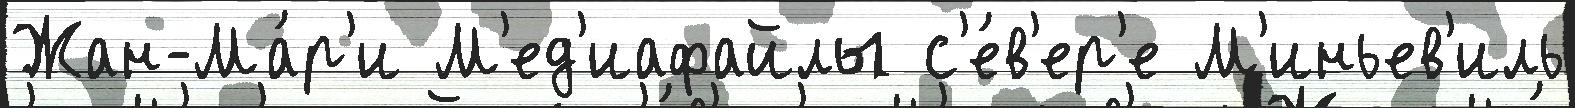
Жан-Ма́р'и М'ед'иафайлы с'е́в'ер'е М'иньев'иль